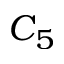
C _ { 5 }